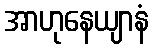
အာဟုနေယျာနံ